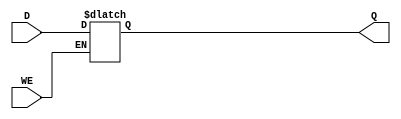
module d_latch (
    input D,
    input WE,
    output reg Q
);

always @ (WE or D)
begin
    if (WE)
        Q <= D;
end

endmodule